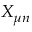
X _ { \mu n }